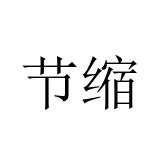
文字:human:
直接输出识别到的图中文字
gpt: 节缩